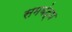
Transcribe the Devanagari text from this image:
समबंद्ध